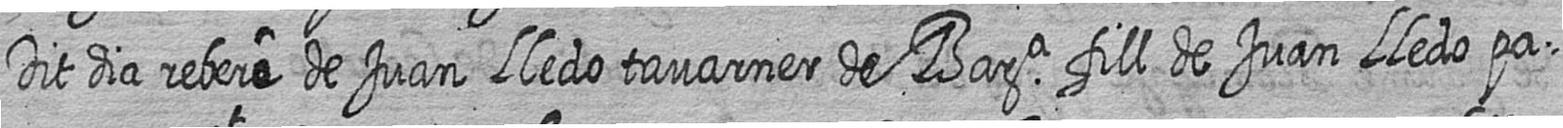
Dit dia rebere de Juan Lledo tavarner de Bara fill de Juan Lledo pa=